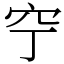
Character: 䆑